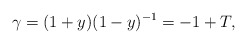
\begin{align*} \gamma=(1+y)(1-y)^{-1}=-1+T,\end{align*}